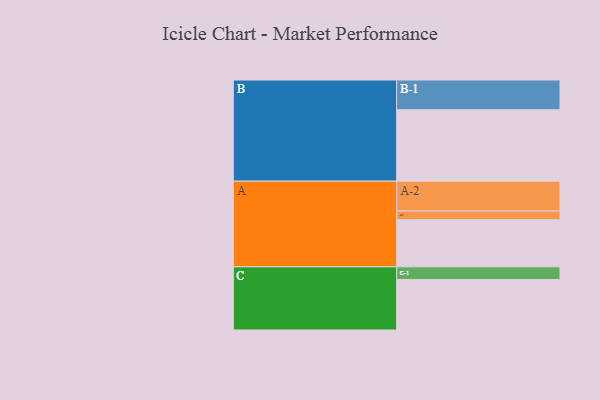
{"axis": {"x": "Segment", "y": "Value"}, "legend": ["", "A", "B", "C"], "data": [{"x": "A", "y": 378, "type": ""}, {"x": "B", "y": 573, "type": ""}, {"x": "C", "y": 405, "type": ""}, {"x": "A-1", "y": 70, "type": "A"}, {"x": "A-2", "y": 239, "type": "A"}, {"x": "B-1", "y": 239, "type": "B"}, {"x": "C-1", "y": 102, "type": "C"}]}